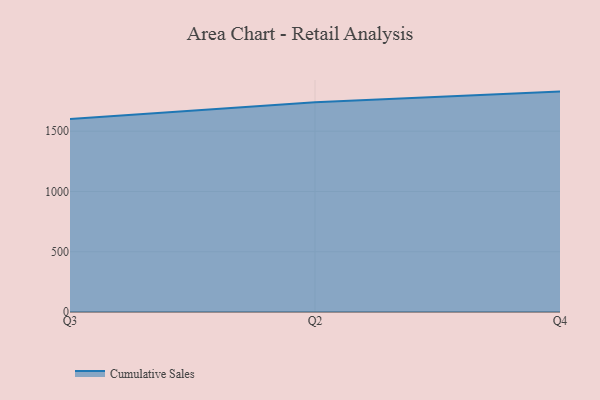
{"axis": {"x": "Quarter", "y": "Bounce Rate (%)"}, "legend": ["Cumulative Sales"], "data": [{"x": "Q3", "y": 1600.7, "type": "Cumulative Sales"}, {"x": "Q2", "y": 1740.9, "type": "Cumulative Sales"}, {"x": "Q4", "y": 1828.6, "type": "Cumulative Sales"}]}